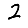
Digit: 2